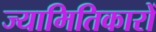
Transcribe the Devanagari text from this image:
ज्यामितिकारों